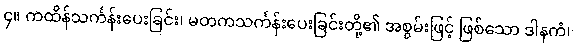
၄။ ကထိန်သင်္ကန်းပေးခြင်း၊ မတကသင်္ကန်းပေးခြင်းတို့၏ အစွမ်းဖြင့် ဖြစ်သော ဒါနကံ၊